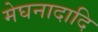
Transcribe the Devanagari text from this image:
मेघनादादि